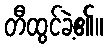
တီထွင်ခဲ့၏။